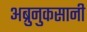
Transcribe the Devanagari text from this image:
अब्रुनुकसानी